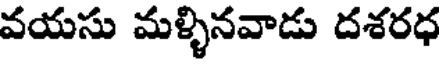
వయసు మళ్ళినవాడు దశరధ